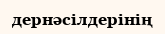
дернәсілдерінің